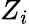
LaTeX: Z_{i}